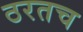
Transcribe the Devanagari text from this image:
ठरतच